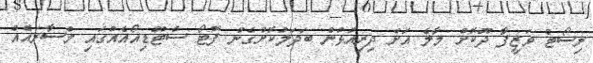
ރިސޯޓް ވަޒީފާ ދޫކޮށް މާލެ އަށް ދިރިއުޅުން ބަދަލުކޮށްގެން ފޮޓޯ ސްޓޫޑިއޯއެއްގައި މުސާރައެއް